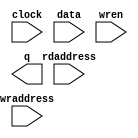
// megafunction wizard: %RAM: 2-PORT%VBB%
// GENERATION: STANDARD
// VERSION: WM1.0
// MODULE: altsyncram 

// ============================================================
// Megafunction Name(s):
// 			altsyncram
//
// Simulation Library Files(s):
// 			altera_mf
// ============================================================
// ************************************************************
// THIS IS A WIZARD-GENERATED FILE. DO NOT EDIT THIS FILE!
//
// 16.1.0 Build 196 10/24/2016 SJ Standard Edition
// ************************************************************

//Copyright (C) 2016  Intel Corporation. All rights reserved.
//Your use of Intel Corporation's design tools, logic functions 
//and other software and tools, and its AMPP partner logic 
//functions, and any output files from any of the foregoing 
//(including device programming or simulation files), and any 
//associated documentation or information are expressly subject 
//to the terms and conditions of the Intel Program License 
//Subscription Agreement, the Intel Quartus Prime License Agreement,
//the Intel MegaCore Function License Agreement, or other 
//applicable license agreement, including, without limitation, 
//that your use is for the sole purpose of programming logic 
//devices manufactured by Intel and sold by Intel or its 
//authorized distributors.  Please refer to the applicable 
//agreement for further details.

module exp_3x3_kernal_ram (
	clock,
	data,
	rdaddress,
	wraddress,
	wren,
	q);

	input	  clock;
	input	[71:0]  data;
	input	[6:0]  rdaddress;
	input	[6:0]  wraddress;
	input	  wren;
	output	[71:0]  q;
`ifndef ALTERA_RESERVED_QIS
// synopsys translate_off
`endif
	tri1	  clock;
	tri0	  wren;
`ifndef ALTERA_RESERVED_QIS
// synopsys translate_on
`endif

endmodule

// ============================================================
// CNX file retrieval info
// ============================================================
// Retrieval info: PRIVATE: ADDRESSSTALL_A NUMERIC "0"
// Retrieval info: PRIVATE: ADDRESSSTALL_B NUMERIC "0"
// Retrieval info: PRIVATE: BYTEENA_ACLR_A NUMERIC "0"
// Retrieval info: PRIVATE: BYTEENA_ACLR_B NUMERIC "0"
// Retrieval info: PRIVATE: BYTE_ENABLE_A NUMERIC "0"
// Retrieval info: PRIVATE: BYTE_ENABLE_B NUMERIC "0"
// Retrieval info: PRIVATE: BYTE_SIZE NUMERIC "8"
// Retrieval info: PRIVATE: BlankMemory NUMERIC "1"
// Retrieval info: PRIVATE: CLOCK_ENABLE_INPUT_A NUMERIC "0"
// Retrieval info: PRIVATE: CLOCK_ENABLE_INPUT_B NUMERIC "0"
// Retrieval info: PRIVATE: CLOCK_ENABLE_OUTPUT_A NUMERIC "0"
// Retrieval info: PRIVATE: CLOCK_ENABLE_OUTPUT_B NUMERIC "0"
// Retrieval info: PRIVATE: CLRdata NUMERIC "0"
// Retrieval info: PRIVATE: CLRq NUMERIC "0"
// Retrieval info: PRIVATE: CLRrdaddress NUMERIC "0"
// Retrieval info: PRIVATE: CLRrren NUMERIC "0"
// Retrieval info: PRIVATE: CLRwraddress NUMERIC "0"
// Retrieval info: PRIVATE: CLRwren NUMERIC "0"
// Retrieval info: PRIVATE: Clock NUMERIC "0"
// Retrieval info: PRIVATE: Clock_A NUMERIC "0"
// Retrieval info: PRIVATE: Clock_B NUMERIC "0"
// Retrieval info: PRIVATE: IMPLEMENT_IN_LES NUMERIC "0"
// Retrieval info: PRIVATE: INDATA_ACLR_B NUMERIC "0"
// Retrieval info: PRIVATE: INDATA_REG_B NUMERIC "0"
// Retrieval info: PRIVATE: INIT_FILE_LAYOUT STRING "PORT_B"
// Retrieval info: PRIVATE: INIT_TO_SIM_X NUMERIC "0"
// Retrieval info: PRIVATE: INTENDED_DEVICE_FAMILY STRING "Cyclone V"
// Retrieval info: PRIVATE: JTAG_ENABLED NUMERIC "0"
// Retrieval info: PRIVATE: JTAG_ID STRING "NONE"
// Retrieval info: PRIVATE: MAXIMUM_DEPTH NUMERIC "0"
// Retrieval info: PRIVATE: MEMSIZE NUMERIC "9216"
// Retrieval info: PRIVATE: MEM_IN_BITS NUMERIC "0"
// Retrieval info: PRIVATE: MIFfilename STRING ""
// Retrieval info: PRIVATE: OPERATION_MODE NUMERIC "2"
// Retrieval info: PRIVATE: OUTDATA_ACLR_B NUMERIC "0"
// Retrieval info: PRIVATE: OUTDATA_REG_B NUMERIC "0"
// Retrieval info: PRIVATE: RAM_BLOCK_TYPE NUMERIC "0"
// Retrieval info: PRIVATE: READ_DURING_WRITE_MODE_MIXED_PORTS NUMERIC "2"
// Retrieval info: PRIVATE: READ_DURING_WRITE_MODE_PORT_A NUMERIC "3"
// Retrieval info: PRIVATE: READ_DURING_WRITE_MODE_PORT_B NUMERIC "3"
// Retrieval info: PRIVATE: REGdata NUMERIC "1"
// Retrieval info: PRIVATE: REGq NUMERIC "1"
// Retrieval info: PRIVATE: REGrdaddress NUMERIC "1"
// Retrieval info: PRIVATE: REGrren NUMERIC "1"
// Retrieval info: PRIVATE: REGwraddress NUMERIC "1"
// Retrieval info: PRIVATE: REGwren NUMERIC "1"
// Retrieval info: PRIVATE: SYNTH_WRAPPER_GEN_POSTFIX STRING "1"
// Retrieval info: PRIVATE: USE_DIFF_CLKEN NUMERIC "0"
// Retrieval info: PRIVATE: UseDPRAM NUMERIC "1"
// Retrieval info: PRIVATE: VarWidth NUMERIC "0"
// Retrieval info: PRIVATE: WIDTH_READ_A NUMERIC "72"
// Retrieval info: PRIVATE: WIDTH_READ_B NUMERIC "72"
// Retrieval info: PRIVATE: WIDTH_WRITE_A NUMERIC "72"
// Retrieval info: PRIVATE: WIDTH_WRITE_B NUMERIC "72"
// Retrieval info: PRIVATE: WRADDR_ACLR_B NUMERIC "0"
// Retrieval info: PRIVATE: WRADDR_REG_B NUMERIC "0"
// Retrieval info: PRIVATE: WRCTRL_ACLR_B NUMERIC "0"
// Retrieval info: PRIVATE: enable NUMERIC "0"
// Retrieval info: PRIVATE: rden NUMERIC "0"
// Retrieval info: LIBRARY: altera_mf altera_mf.altera_mf_components.all
// Retrieval info: CONSTANT: ADDRESS_ACLR_B STRING "NONE"
// Retrieval info: CONSTANT: ADDRESS_REG_B STRING "CLOCK0"
// Retrieval info: CONSTANT: CLOCK_ENABLE_INPUT_A STRING "BYPASS"
// Retrieval info: CONSTANT: CLOCK_ENABLE_INPUT_B STRING "BYPASS"
// Retrieval info: CONSTANT: CLOCK_ENABLE_OUTPUT_B STRING "BYPASS"
// Retrieval info: CONSTANT: INTENDED_DEVICE_FAMILY STRING "Cyclone V"
// Retrieval info: CONSTANT: LPM_TYPE STRING "altsyncram"
// Retrieval info: CONSTANT: NUMWORDS_A NUMERIC "128"
// Retrieval info: CONSTANT: NUMWORDS_B NUMERIC "128"
// Retrieval info: CONSTANT: OPERATION_MODE STRING "DUAL_PORT"
// Retrieval info: CONSTANT: OUTDATA_ACLR_B STRING "NONE"
// Retrieval info: CONSTANT: OUTDATA_REG_B STRING "UNREGISTERED"
// Retrieval info: CONSTANT: POWER_UP_UNINITIALIZED STRING "FALSE"
// Retrieval info: CONSTANT: READ_DURING_WRITE_MODE_MIXED_PORTS STRING "DONT_CARE"
// Retrieval info: CONSTANT: WIDTHAD_A NUMERIC "7"
// Retrieval info: CONSTANT: WIDTHAD_B NUMERIC "7"
// Retrieval info: CONSTANT: WIDTH_A NUMERIC "72"
// Retrieval info: CONSTANT: WIDTH_B NUMERIC "72"
// Retrieval info: CONSTANT: WIDTH_BYTEENA_A NUMERIC "1"
// Retrieval info: USED_PORT: clock 0 0 0 0 INPUT VCC "clock"
// Retrieval info: USED_PORT: data 0 0 72 0 INPUT NODEFVAL "data[71..0]"
// Retrieval info: USED_PORT: q 0 0 72 0 OUTPUT NODEFVAL "q[71..0]"
// Retrieval info: USED_PORT: rdaddress 0 0 7 0 INPUT NODEFVAL "rdaddress[6..0]"
// Retrieval info: USED_PORT: wraddress 0 0 7 0 INPUT NODEFVAL "wraddress[6..0]"
// Retrieval info: USED_PORT: wren 0 0 0 0 INPUT GND "wren"
// Retrieval info: CONNECT: @address_a 0 0 7 0 wraddress 0 0 7 0
// Retrieval info: CONNECT: @address_b 0 0 7 0 rdaddress 0 0 7 0
// Retrieval info: CONNECT: @clock0 0 0 0 0 clock 0 0 0 0
// Retrieval info: CONNECT: @data_a 0 0 72 0 data 0 0 72 0
// Retrieval info: CONNECT: @wren_a 0 0 0 0 wren 0 0 0 0
// Retrieval info: CONNECT: q 0 0 72 0 @q_b 0 0 72 0
// Retrieval info: GEN_FILE: TYPE_NORMAL exp_3x3_kernal_ram.v TRUE
// Retrieval info: GEN_FILE: TYPE_NORMAL exp_3x3_kernal_ram.inc FALSE
// Retrieval info: GEN_FILE: TYPE_NORMAL exp_3x3_kernal_ram.cmp FALSE
// Retrieval info: GEN_FILE: TYPE_NORMAL exp_3x3_kernal_ram.bsf FALSE
// Retrieval info: GEN_FILE: TYPE_NORMAL exp_3x3_kernal_ram_inst.v FALSE
// Retrieval info: GEN_FILE: TYPE_NORMAL exp_3x3_kernal_ram_bb.v TRUE
// Retrieval info: GEN_FILE: TYPE_NORMAL exp_3x3_kernal_ram_syn.v TRUE
// Retrieval info: LIB_FILE: altera_mf